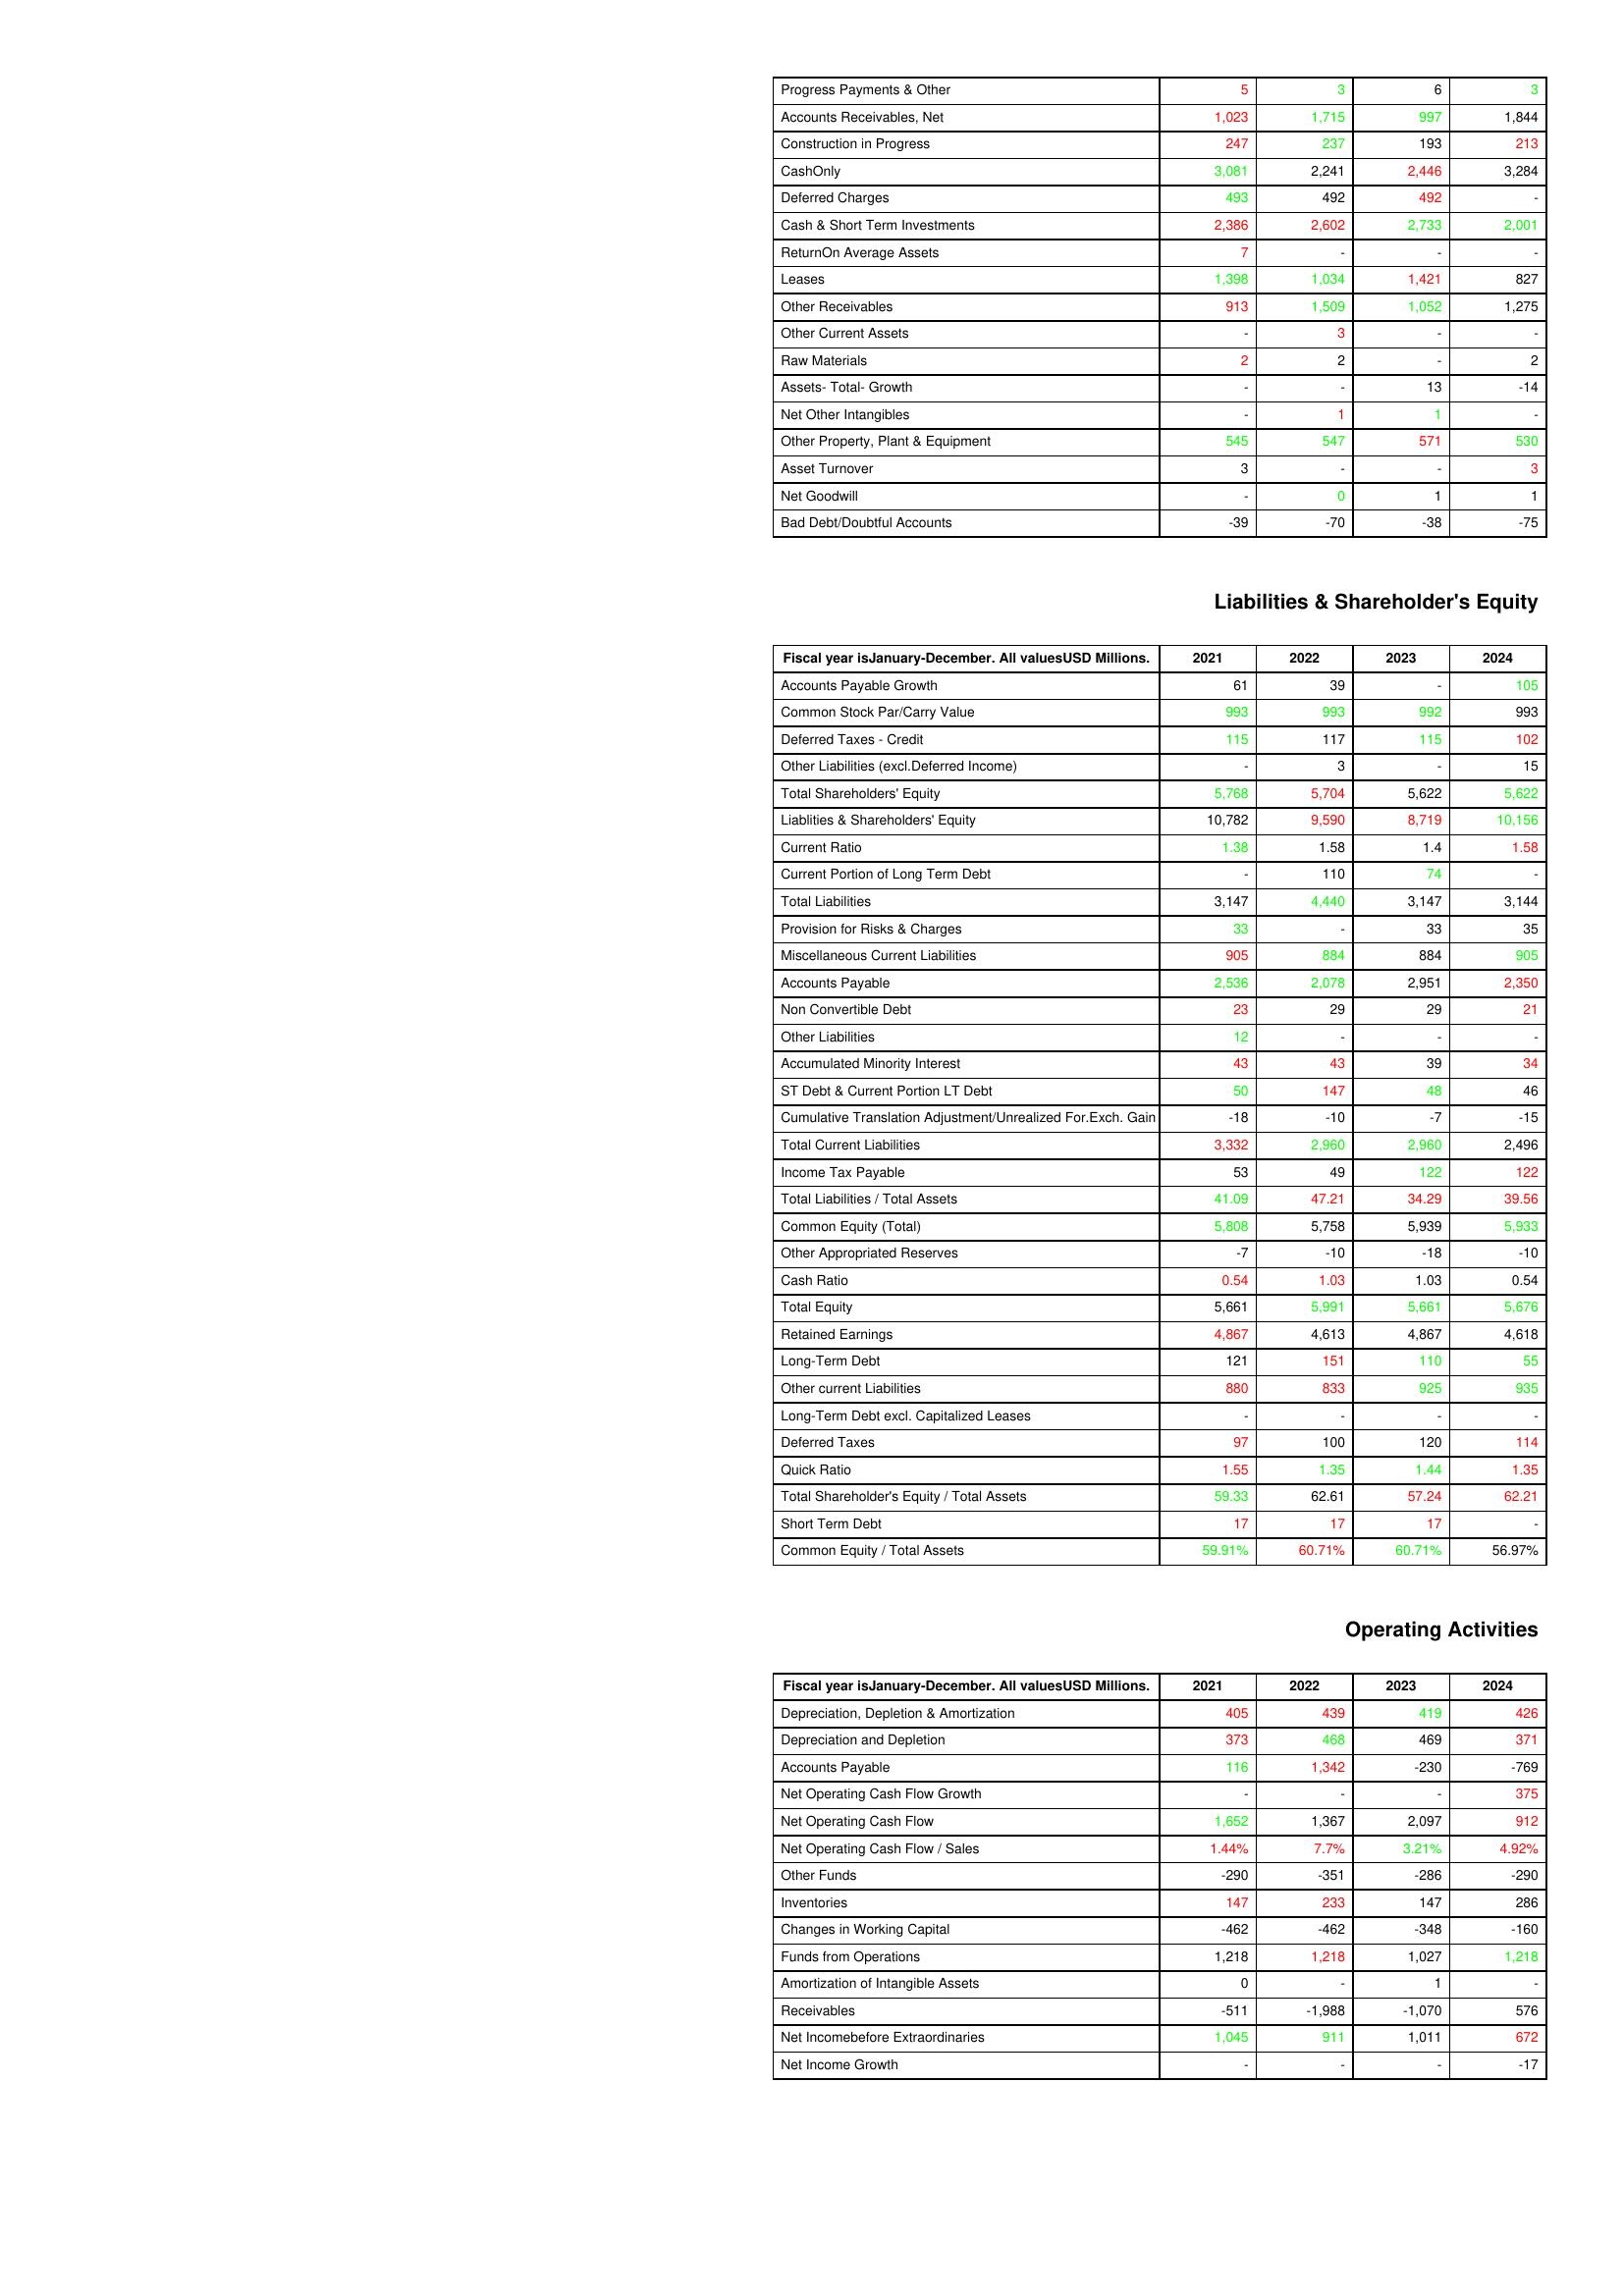
gt_parse: 2021: Assets: Progress Payments & Other: 5
Accounts Receivables, Net: 1,023
Construction in Progress: 247
CashOnly: 3,081
Deferred Charges: 493
Cash & Short Term Investments: 2,386
ReturnOn Average Assets: 7
Leases: 1,398
Other Receivables: 913
Other Current Assets: -
Raw Materials: 2
Assets- Total- Growth: -
Net Other Intangibles: -
Other Property, Plant & Equipment: 545
Asset Turnover: 3
Net Goodwill: -
Bad Debt/Doubtful Accounts: -39
Liabilities & Shareholder's Equity: Accounts Payable Growth: 61
Common Stock Par/Carry Value: 993
Deferred Taxes - Credit: 115
Other Liabilities (excl.Deferred Income): -
Total Shareholders' Equity: 5,768
Liablities & Shareholders' Equity: 10,782
Current Ratio: 1.38
Current Portion of Long Term Debt: -
Total Liabilities: 3,147
Provision for Risks & Charges: 33
Miscellaneous Current Liabilities: 905
Accounts Payable: 2,536
Non Convertible Debt: 23
Other Liabilities: 12
Accumulated Minority Interest: 43
ST Debt & Current Portion LT Debt: 50
Cumulative Translation Adjustment/Unrealized For.Exch. Gain: -18
Total Current Liabilities: 3,332
Income Tax Payable: 53
Total Liabilities / Total Assets: 41.09
Common Equity (Total): 5,808
Other Appropriated Reserves: -7
Cash Ratio: 0.54
Total Equity: 5,661
Retained Earnings: 4,867
Long-Term Debt: 121
Other current Liabilities: 880
Long-Term Debt excl. Capitalized Leases: -
Deferred Taxes: 97
Quick Ratio: 1.55
Total Shareholder's Equity / Total Assets: 59.33
Short Term Debt: 17
Common Equity / Total Assets: 59.91%
Operating Activities: Depreciation, Depletion & Amortization: 405
Depreciation and Depletion: 373
Accounts Payable: 116
Net Operating Cash Flow Growth: -
Net Operating Cash Flow: 1,652
Net Operating Cash Flow / Sales: 1.44%
Other Funds: -290
Inventories: 147
Changes in Working Capital: -462
Funds from Operations: 1,218
Amortization of Intangible Assets: 0
Receivables: -511
Net Incomebefore Extraordinaries: 1,045
Net Income Growth: -
2022: Assets: Progress Payments & Other: 3
Accounts Receivables, Net: 1,715
Construction in Progress: 237
CashOnly: 2,241
Deferred Charges: 492
Cash & Short Term Investments: 2,602
ReturnOn Average Assets: -
Leases: 1,034
Other Receivables: 1,509
Other Current Assets: 3
Raw Materials: 2
Assets- Total- Growth: -
Net Other Intangibles: 1
Other Property, Plant & Equipment: 547
Asset Turnover: -
Net Goodwill: 0
Bad Debt/Doubtful Accounts: -70
Liabilities & Shareholder's Equity: Accounts Payable Growth: 39
Common Stock Par/Carry Value: 993
Deferred Taxes - Credit: 117
Other Liabilities (excl.Deferred Income): 3
Total Shareholders' Equity: 5,704
Liablities & Shareholders' Equity: 9,590
Current Ratio: 1.58
Current Portion of Long Term Debt: 110
Total Liabilities: 4,440
Provision for Risks & Charges: -
Miscellaneous Current Liabilities: 884
Accounts Payable: 2,078
Non Convertible Debt: 29
Other Liabilities: -
Accumulated Minority Interest: 43
ST Debt & Current Portion LT Debt: 147
Cumulative Translation Adjustment/Unrealized For.Exch. Gain: -10
Total Current Liabilities: 2,960
Income Tax Payable: 49
Total Liabilities / Total Assets: 47.21
Common Equity (Total): 5,758
Other Appropriated Reserves: -10
Cash Ratio: 1.03
Total Equity: 5,991
Retained Earnings: 4,613
Long-Term Debt: 151
Other current Liabilities: 833
Long-Term Debt excl. Capitalized Leases: -
Deferred Taxes: 100
Quick Ratio: 1.35
Total Shareholder's Equity / Total Assets: 62.61
Short Term Debt: 17
Common Equity / Total Assets: 60.71%
Operating Activities: Depreciation, Depletion & Amortization: 439
Depreciation and Depletion: 468
Accounts Payable: 1,342
Net Operating Cash Flow Growth: -
Net Operating Cash Flow: 1,367
Net Operating Cash Flow / Sales: 7.7%
Other Funds: -351
Inventories: 233
Changes in Working Capital: -462
Funds from Operations: 1,218
Amortization of Intangible Assets: -
Receivables: -1,988
Net Incomebefore Extraordinaries: 911
Net Income Growth: -
2023: Assets: Progress Payments & Other: 6
Accounts Receivables, Net: 997
Construction in Progress: 193
CashOnly: 2,446
Deferred Charges: 492
Cash & Short Term Investments: 2,733
ReturnOn Average Assets: -
Leases: 1,421
Other Receivables: 1,052
Other Current Assets: -
Raw Materials: -
Assets- Total- Growth: 13
Net Other Intangibles: 1
Other Property, Plant & Equipment: 571
Asset Turnover: -
Net Goodwill: 1
Bad Debt/Doubtful Accounts: -38
Liabilities & Shareholder's Equity: Accounts Payable Growth: -
Common Stock Par/Carry Value: 992
Deferred Taxes - Credit: 115
Other Liabilities (excl.Deferred Income): -
Total Shareholders' Equity: 5,622
Liablities & Shareholders' Equity: 8,719
Current Ratio: 1.4
Current Portion of Long Term Debt: 74
Total Liabilities: 3,147
Provision for Risks & Charges: 33
Miscellaneous Current Liabilities: 884
Accounts Payable: 2,951
Non Convertible Debt: 29
Other Liabilities: -
Accumulated Minority Interest: 39
ST Debt & Current Portion LT Debt: 48
Cumulative Translation Adjustment/Unrealized For.Exch. Gain: -7
Total Current Liabilities: 2,960
Income Tax Payable: 122
Total Liabilities / Total Assets: 34.29
Common Equity (Total): 5,939
Other Appropriated Reserves: -18
Cash Ratio: 1.03
Total Equity: 5,661
Retained Earnings: 4,867
Long-Term Debt: 110
Other current Liabilities: 925
Long-Term Debt excl. Capitalized Leases: -
Deferred Taxes: 120
Quick Ratio: 1.44
Total Shareholder's Equity / Total Assets: 57.24
Short Term Debt: 17
Common Equity / Total Assets: 60.71%
Operating Activities: Depreciation, Depletion & Amortization: 419
Depreciation and Depletion: 469
Accounts Payable: -230
Net Operating Cash Flow Growth: -
Net Operating Cash Flow: 2,097
Net Operating Cash Flow / Sales: 3.21%
Other Funds: -286
Inventories: 147
Changes in Working Capital: -348
Funds from Operations: 1,027
Amortization of Intangible Assets: 1
Receivables: -1,070
Net Incomebefore Extraordinaries: 1,011
Net Income Growth: -
2024: Assets: Progress Payments & Other: 3
Accounts Receivables, Net: 1,844
Construction in Progress: 213
CashOnly: 3,284
Deferred Charges: -
Cash & Short Term Investments: 2,001
ReturnOn Average Assets: -
Leases: 827
Other Receivables: 1,275
Other Current Assets: -
Raw Materials: 2
Assets- Total- Growth: -14
Net Other Intangibles: -
Other Property, Plant & Equipment: 530
Asset Turnover: 3
Net Goodwill: 1
Bad Debt/Doubtful Accounts: -75
Liabilities & Shareholder's Equity: Accounts Payable Growth: 105
Common Stock Par/Carry Value: 993
Deferred Taxes - Credit: 102
Other Liabilities (excl.Deferred Income): 15
Total Shareholders' Equity: 5,622
Liablities & Shareholders' Equity: 10,156
Current Ratio: 1.58
Current Portion of Long Term Debt: -
Total Liabilities: 3,144
Provision for Risks & Charges: 35
Miscellaneous Current Liabilities: 905
Accounts Payable: 2,350
Non Convertible Debt: 21
Other Liabilities: -
Accumulated Minority Interest: 34
ST Debt & Current Portion LT Debt: 46
Cumulative Translation Adjustment/Unrealized For.Exch. Gain: -15
Total Current Liabilities: 2,496
Income Tax Payable: 122
Total Liabilities / Total Assets: 39.56
Common Equity (Total): 5,933
Other Appropriated Reserves: -10
Cash Ratio: 0.54
Total Equity: 5,676
Retained Earnings: 4,618
Long-Term Debt: 55
Other current Liabilities: 935
Long-Term Debt excl. Capitalized Leases: -
Deferred Taxes: 114
Quick Ratio: 1.35
Total Shareholder's Equity / Total Assets: 62.21
Short Term Debt: -
Common Equity / Total Assets: 56.97%
Operating Activities: Depreciation, Depletion & Amortization: 426
Depreciation and Depletion: 371
Accounts Payable: -769
Net Operating Cash Flow Growth: 375
Net Operating Cash Flow: 912
Net Operating Cash Flow / Sales: 4.92%
Other Funds: -290
Inventories: 286
Changes in Working Capital: -160
Funds from Operations: 1,218
Amortization of Intangible Assets: -
Receivables: 576
Net Incomebefore Extraordinaries: 672
Net Income Growth: -17